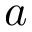
\boldsymbol { a }